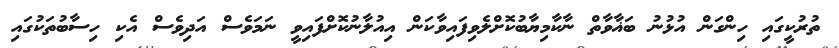
ތުރުކީގައި ހިންގަން އުޅުނު ބަޣާވާތް ނާކާމިޔާބުކޮށްލެވިފައިވާކަން އިއުލާނުކޮށްފައިވީ ނަމަވެސް އަަދިވެސް އެކި ހިސާބުތަކުގައި